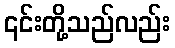
၎င်းတို့သည်လည်း